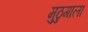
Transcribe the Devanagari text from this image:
मुठुगाला